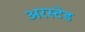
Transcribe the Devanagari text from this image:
अरस्टेड